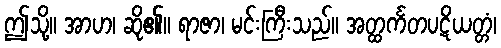
ဤသို့။ အာဟ၊ ဆို၏။ ရာဇာ၊ မင်းကြီးသည်။ အတ္ထင်္ကတပဋိယတ္တံ၊